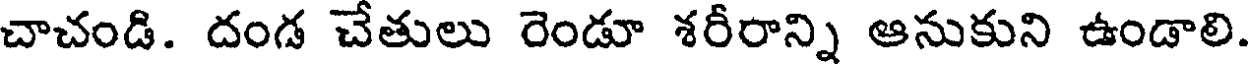
చాచండి. దండ చేతులు రెండూ శరీరాన్ని ఆనుకుని ఉండాలి.